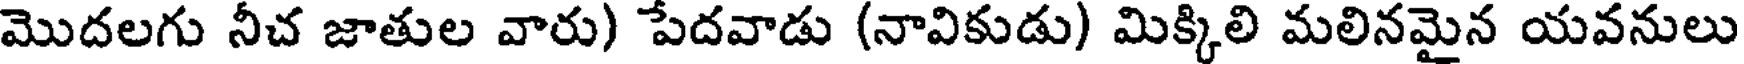
మొదలగు నీచ జాతుల వారు) పేదవాడు (నావికుడు) మిక్కిలి మలినమైన యవనులు